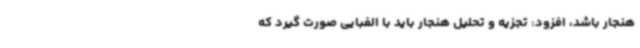
هنجار باشد، افزود: تجزیه و تحلیل هنجار باید با الفبایی صورت گیرد که